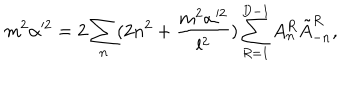
LaTeX: m ^ { 2 } \alpha ^ { 2 } = 2 \sum _ { n } ( 2 n ^ { 2 } + \frac { m ^ { 2 } \alpha ^ { 2 } } { l ^ { 2 } } ) \sum _ { R = 1 } ^ { D - 1 } A _ { n } ^ { R } \tilde { A } _ { - n } ^ { R } ,